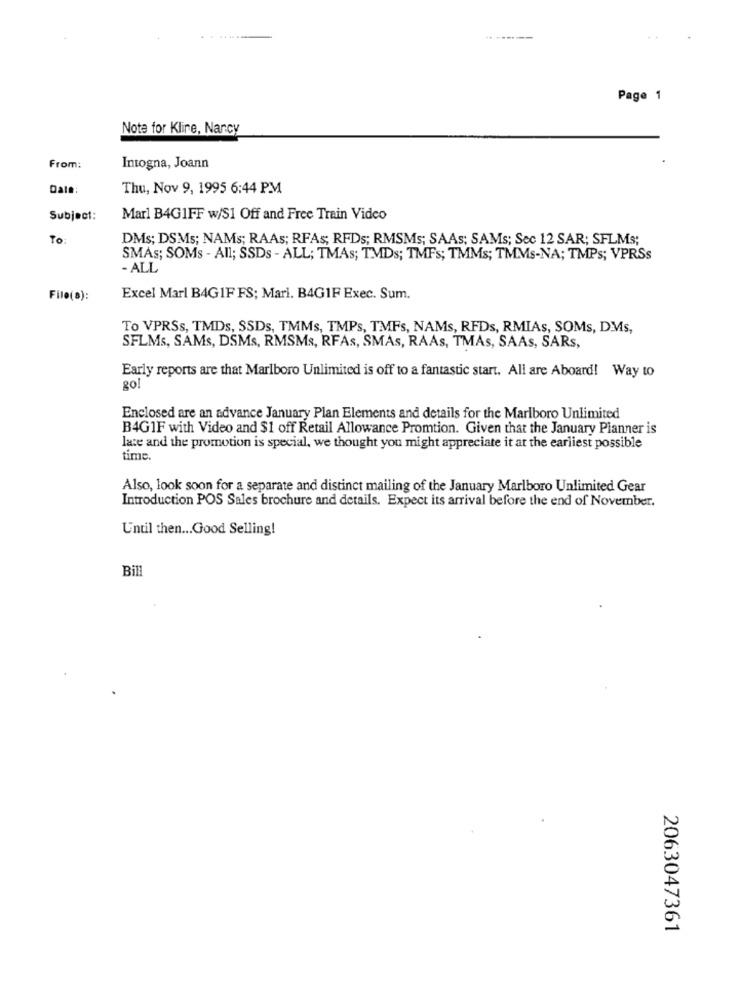
Page 1
Note for Kline, Nancy
From:
Intogna, Joann
Date:
Thu, Nov 9, 1995 6:44 PM
Subject:
Marl B4G1FF w/S1 Off and Free Train Video
To
DMs; DSMs; NAMs; RAAs; RFAs, RFDs; RMSMs; SAAs; SAMs; Sec 12 SAR; SFLMs;
SMAS; SOMs - All; SSDs - ALL; TMAs; TMDs; TMFs; TMMs; TMMs-NA; TMPs; VPRSs
- ALL
File(a):
Excel Marl B4GIF FS; Mari. B4G1F Exec. Sum.
To VPRSs, TMDs, SSDs, TMMs, TMPs, TMFs, NAMs, RFDs, RMIAs, SOMs, DMs,
SFLMs, SAMs, DSMs, RMSMs, RFAs, SMAs, RAAs, TMAs, SAAs, SARs,
Early reports are that Marlboro Unlimited is off to a fantastic start. All are Aboard! Way to
go!
Enclosed are an advance January Plan Elements and details for the Marlboro Unlimited
B4G1F with Video and $1 off Retail Allowance Promtion. Given that the January Planner is
late and the promotion is special, we thought you might appreciate it at the earliest possible
time.
Also, look soon for a separate and distinct mailing of the January Marlboro Unlimited Gear
Introduction POS Sales brochure and details. Expect its arrival before the end of November.
Until then ... Good Selling!
Bill
2063047361